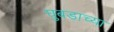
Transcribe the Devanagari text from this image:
घुबडाच्या